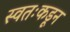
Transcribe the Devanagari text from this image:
स्वतःकडून